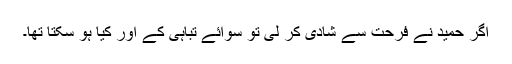
اگر حمید نے فرحت سے شادی کر لی تو سوائے تباہی کے اور کیا ہو سکتا تھا۔